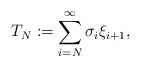
LaTeX: \begin{align*}T_N:=\sum_{i=N}^{\infty} \sigma_i\xi_{i+1},\end{align*}